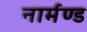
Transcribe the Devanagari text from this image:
नार्मण्ड